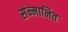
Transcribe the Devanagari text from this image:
संन्मानित